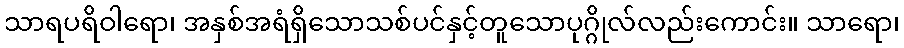
သာရပရိဝါရော၊ အနှစ်အရံရှိသောသစ်ပင်နှင့်တူသောပုဂ္ဂိုလ်လည်းကောင်း။ သာရော၊